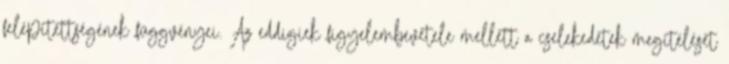
felépítettségének függvényei. Az eddigiek figyelembevétele mellett a cselekedetek megítélését